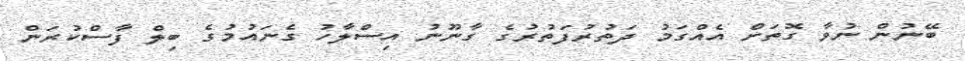
ބޭނުން ނުވާ ގޮތަށް އެއްގަމު ދަތުރުފަތުރުގެ ގާނޫނު އިސްލާހު ގެނައުމުގެ ބިލް ފާސްކުރަން